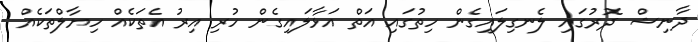
ދާނިޝް ދޮރުގައި ލެނގިލައިގެން ހިތުގައި އަތް އަޅާލައިގެން ހުރި އިރު އެތަކެއް ހިޔާލްތަކެއް